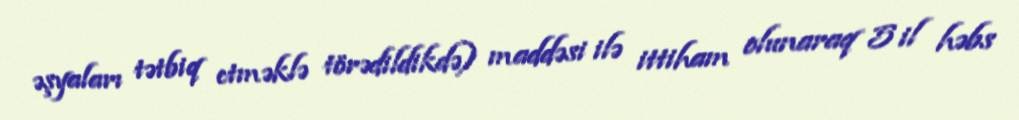
əşyaları tətbiq etməklə törədildikdə) maddəsi ilə ittiham olunaraq 5 il həbs